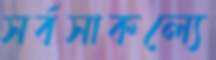
সর্বসাকল্যে